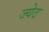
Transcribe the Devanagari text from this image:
ज्येठ